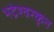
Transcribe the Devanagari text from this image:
भद्रेश्वरकृत